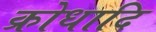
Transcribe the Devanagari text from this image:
क्रोधादि